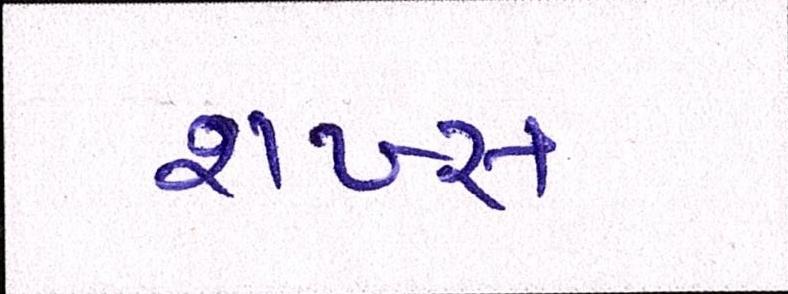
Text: શખ્સ